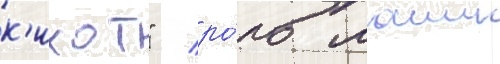
к'ихот" / ро́ль маши